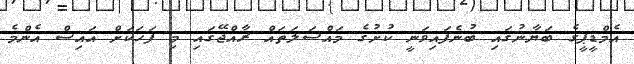
އެމްޑީޕީގެ ބަޔާނުގައި ބުނެފައިވަނީ ކުށުގެ މައްސަލަތައް ރާއްޖޭގައި މި ފަހަކަށް އައިސް އެންމެ